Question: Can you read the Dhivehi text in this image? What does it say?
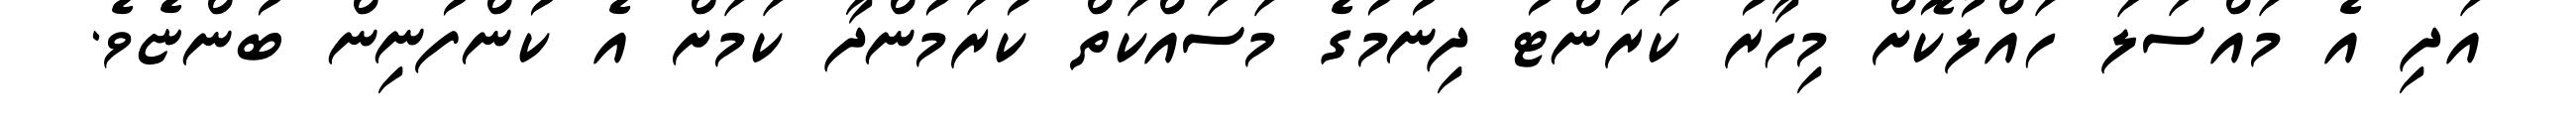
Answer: އަދި އެ މައްސަލަ ހައްލުކޮށް މިހާރު ކަރަންޓު ދިނުމުގެ މަސައްކަތް ކުރަމުންދާ ކަމަށް އެ ކުންފުނިން ބުންޏެވެ.